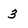
Character: 3